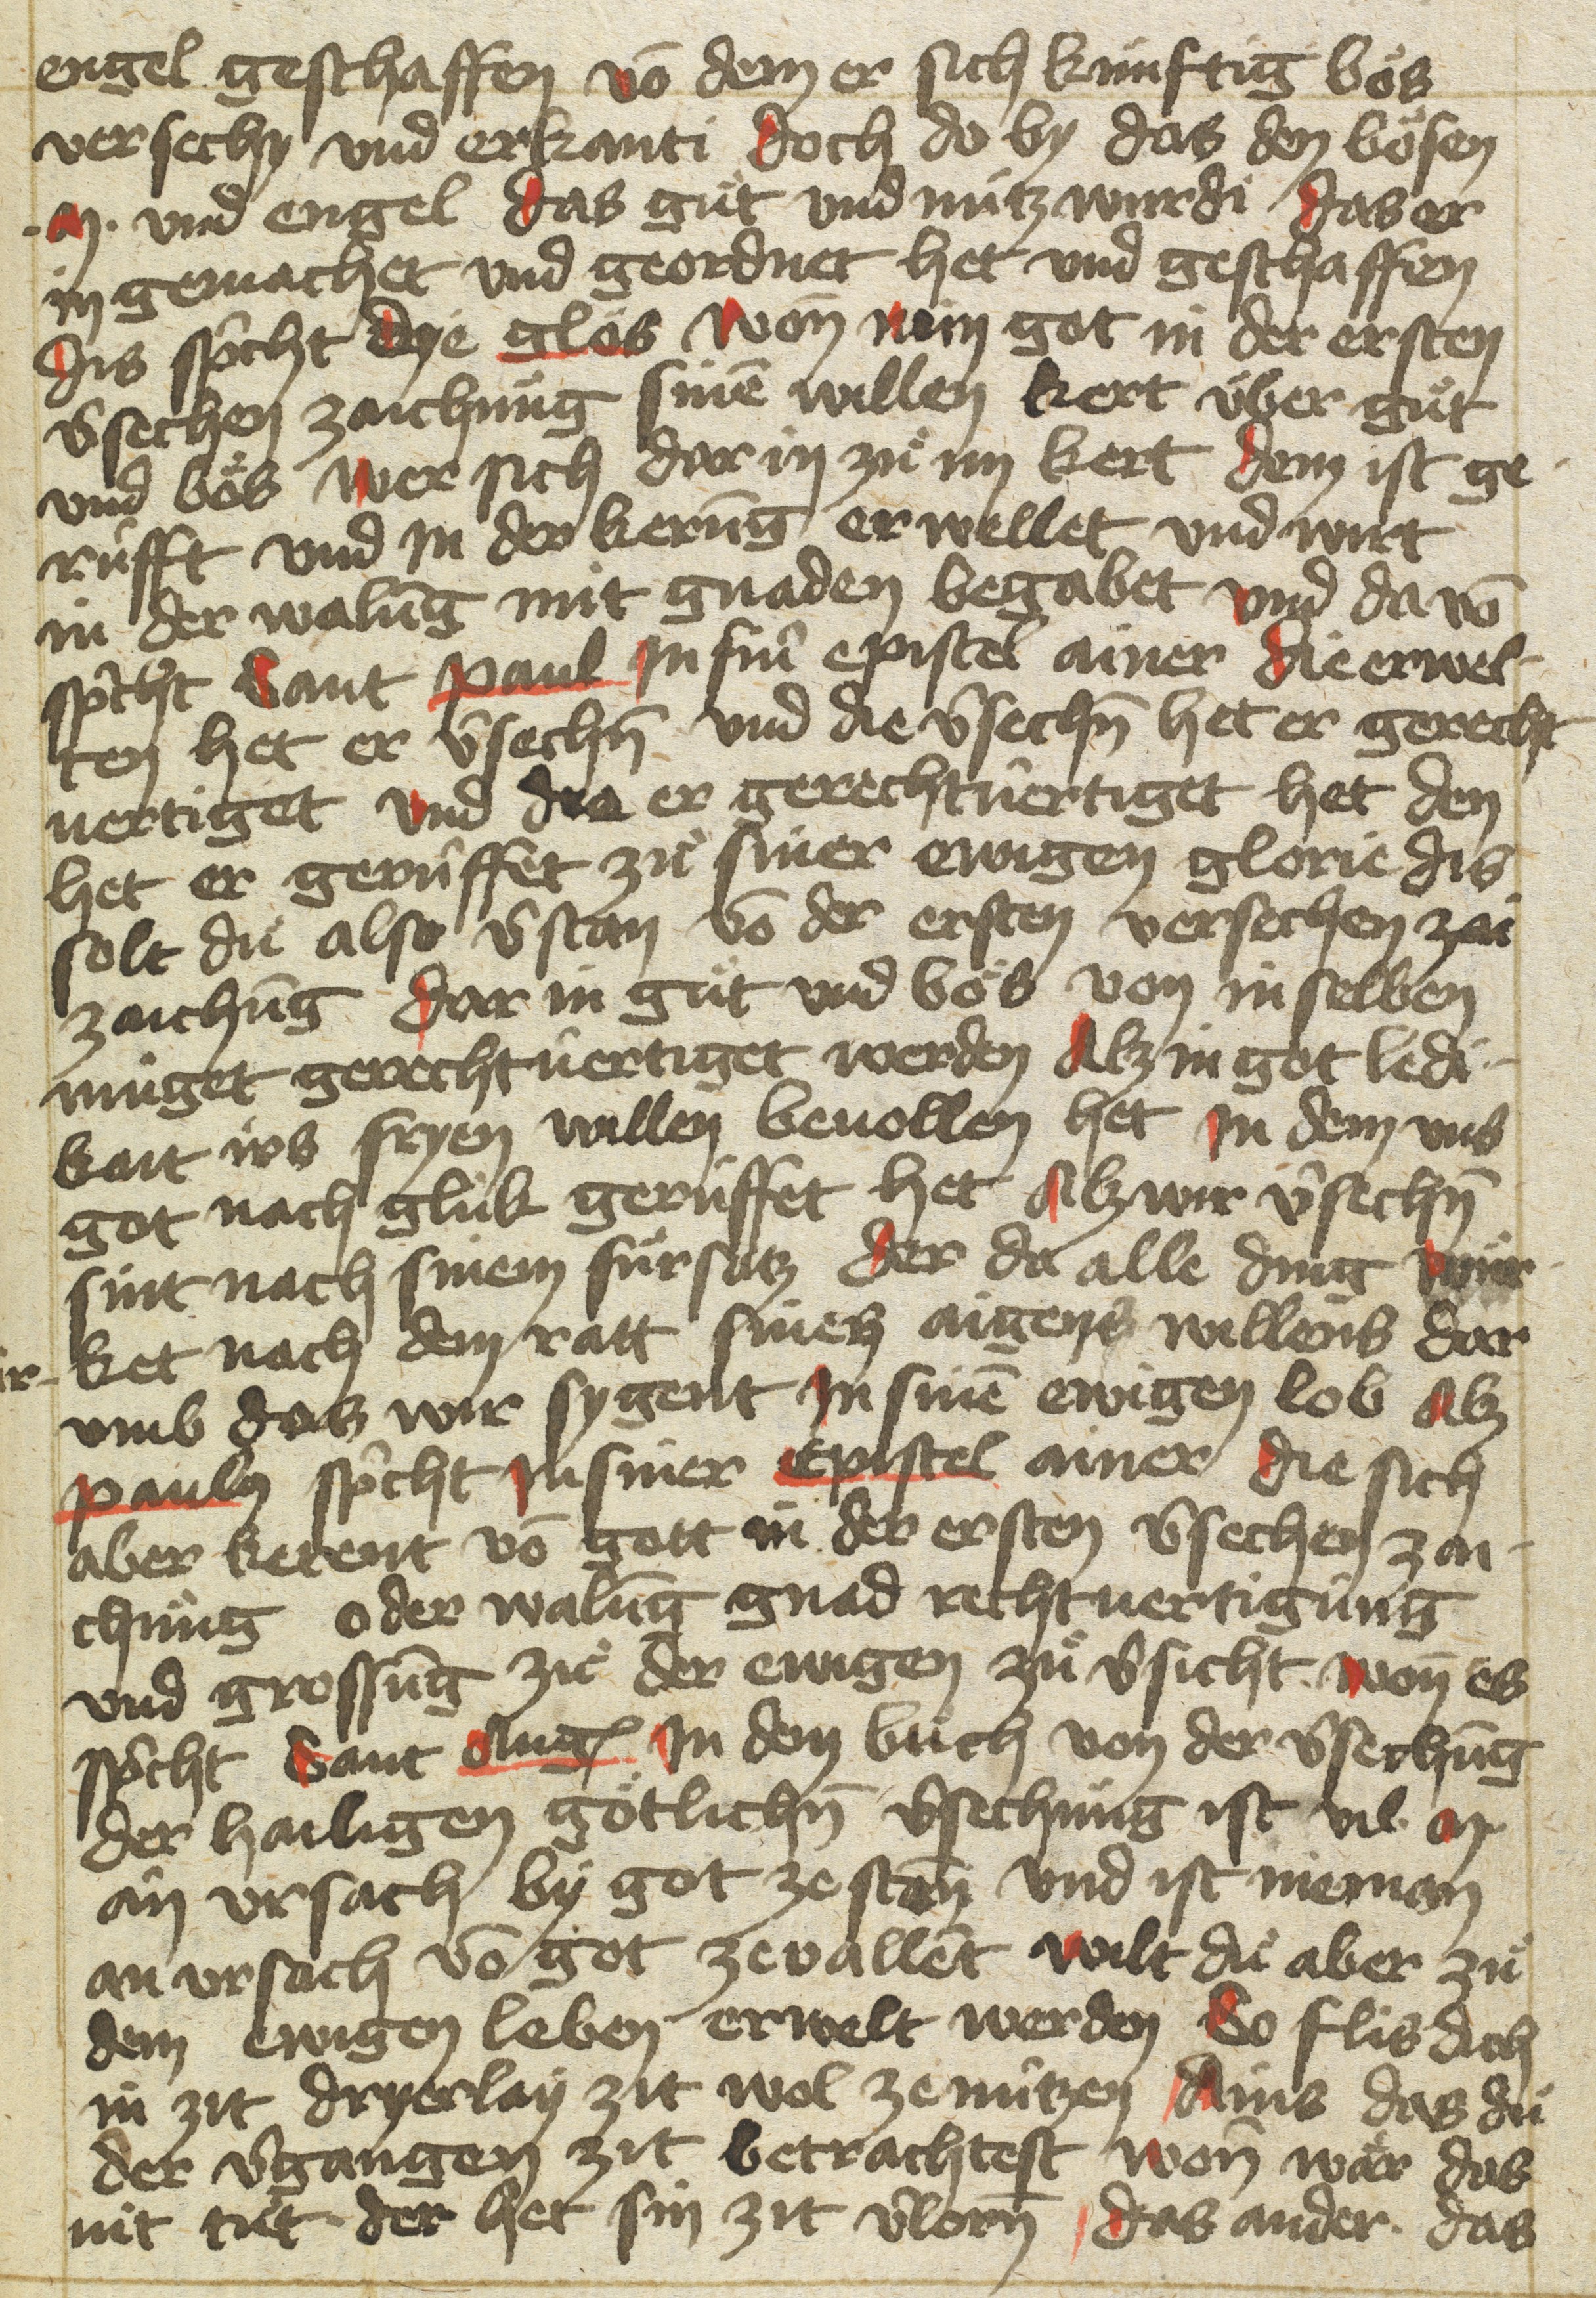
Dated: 1400–1499